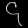
Digit: ၄